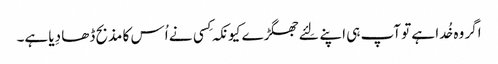
اگر وہ خُدا ہے تو آپ ہی اپنے لِئے جھگڑے کیونکہ کِسی نے اُس کا مذبح ڈھا دِیا ہے۔